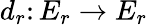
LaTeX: d_{r}\colon E_{r}\to E_{r}